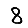
Digit: 8